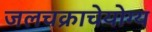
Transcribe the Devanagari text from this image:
जलचक्राचेयोग्य